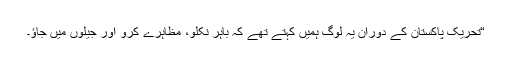
“تحریک پاکستان کے دوران یہ لوگ ہمیں کہتے تھے کہ باہر نکلو، مظاہرے کرو اور جیلوں میں جاؤ۔